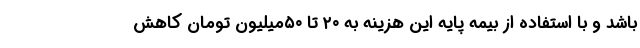
باشد و با استفاده از بیمه پایه این هزینه به ۲۰ تا ۵۰میلیون تومان کاهش